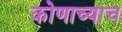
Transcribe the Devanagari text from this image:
कोणाच्याच